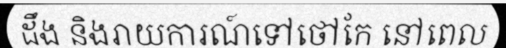
ដឹង និងរាយការណ៍ទៅថៅកែ នៅពេល